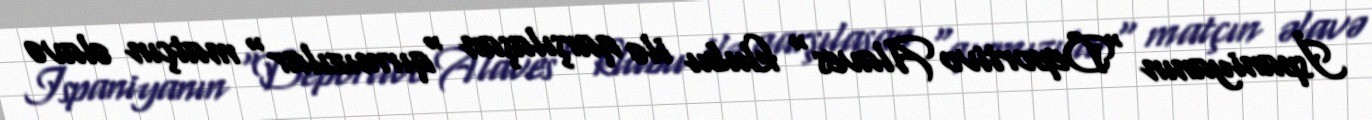
İspaniyanın "Deportivo Alaves" klubu ilə qarşılaşan "qırmızılar" matçın əlavə